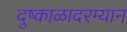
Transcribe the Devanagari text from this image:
दुष्काळादरम्यान